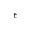
\epsilon